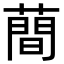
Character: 蕳